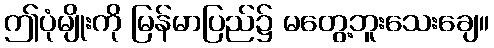
ဤပုံမျိုးကို မြန်မာပြည်၌ မတွေ့ဘူးသေးချေ။